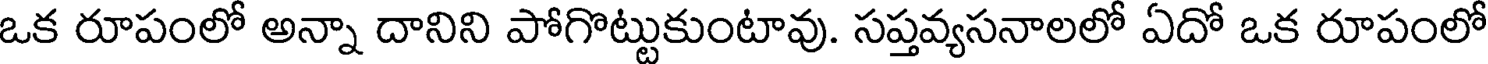
ఒక రూపంలో అన్నా దానిని పోగొట్టుకుంటావు. సప్తవ్యసనాలలో ఏదో ఒక రూపంలో